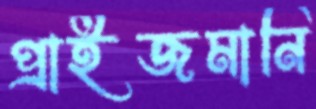
প্রাইজমানি